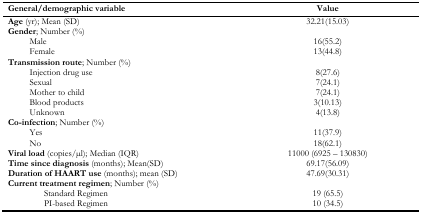
| General/demographic variable | Value |
 | --- | --- |
 | Age (yr); Mean (SD) | 32.21(15.03) |
 | Gender; Number (%) |  |
 | Male | 16(55.2) |
 | Female | 13(44.8) |
 | Transmission route; Number (%) |  |
 | Injection drug use | 8(27.6) |
 | Sexual | 7(24.1) |
 | Mother to child | 7(24.1) |
 | Blood products | 3(10.13) |
 | Unknown | 4(13.8) |
 | Co-infection; Number (%) |  |
 | Yes | 11(37.9) |
 | No | 18(62.1) |
 | Viral load (copies/μl); Median (IQR) | 11000 (6925 – 130830) |
 | Time since diagnosis (months); Mean(SD) | 69.17(56.09) |
 | Duration of HAART use (months); mean (SD) | 47.69(30.31) |
 | Current treatment regimen; Number (%) |  |
 | Standard Regimen | 19 (65.5) |
 | PI-based Regimen | 10 (34.5) |